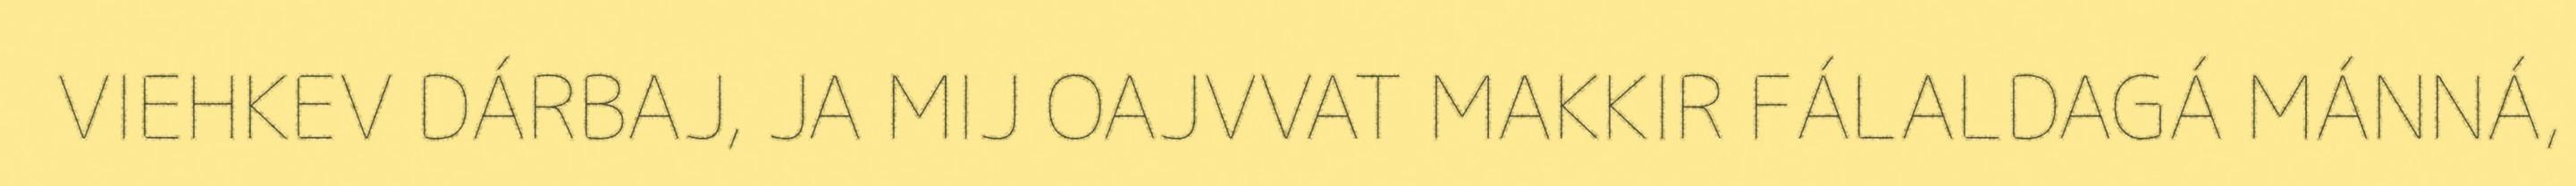
VIEHKEV DÁRBAJ, JA MIJ OAJVVAT MAKKIR FÁLALDAGÁ MÁNNÁ,